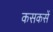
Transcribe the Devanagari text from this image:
कसकसें